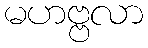
မဟဗ္ဗလာ